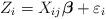
LaTeX: \begin{align*}Z_{i} = X_{ij}\boldsymbol{\beta}+\varepsilon_{i}\end{align*}